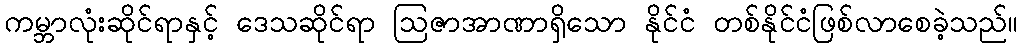
ကမ္ဘာလုံးဆိုင်ရာနှင့် ဒေသဆိုင်ရာ ဩဇာအာဏာရှိသော နိုင်ငံ တစ်နိုင်ငံဖြစ်လာစေခဲ့သည်။